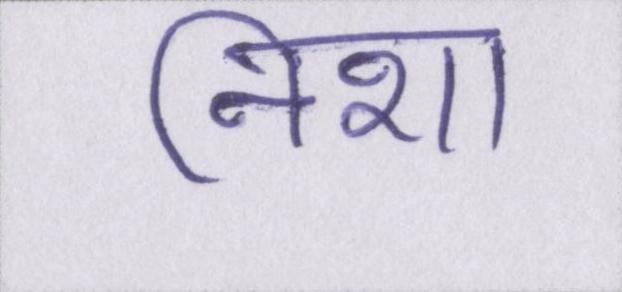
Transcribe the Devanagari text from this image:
निशा